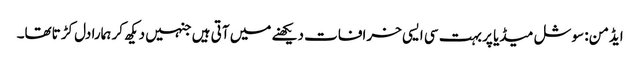
ایڈمن: سوشل میڈیا پر بہت سی ایسی خرافات دیکھنے میں آتی ہیں جنہیں دیکھ کر ہمارا دل کڑتاتھا۔